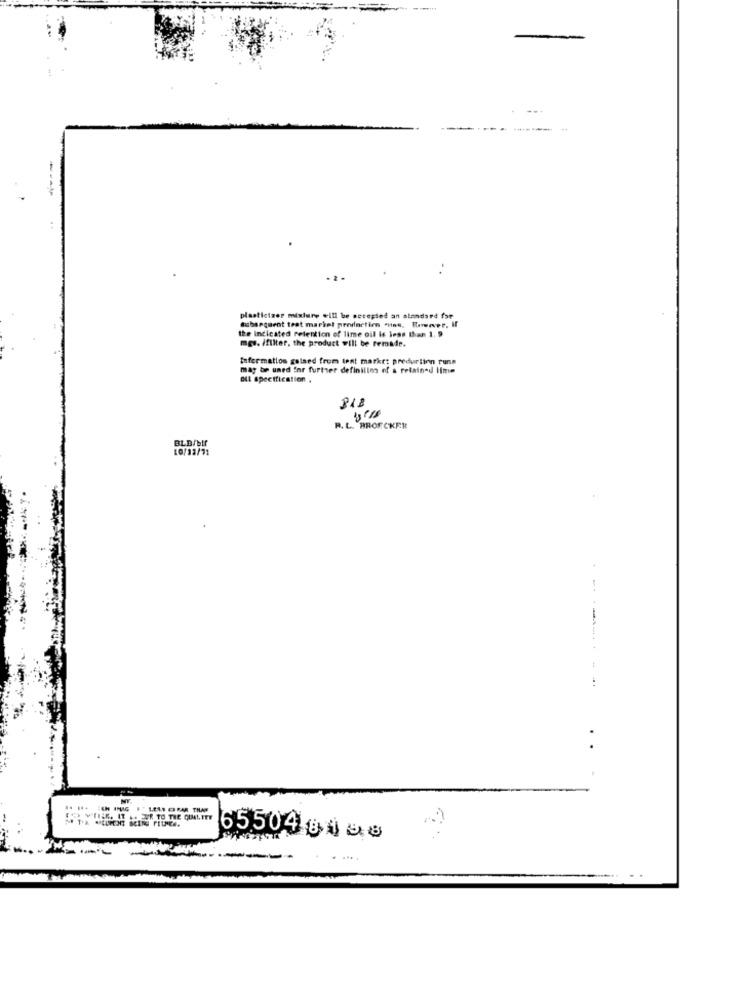
plastictzer mixture will be accepted an standard for
subsequent trat market production "iins, Forwever, If
the indicated reletion of lime oil is less than 1. 9
mg .. ifilter, the product will be remade.
Information galaed from tent market preduriinn runs
may be uned for further definilin of a retained lime
OLL Specification .
PIE
R. L. BROECKER
BLB/bIf
10/12/11
--
--
EL VILER. IT .. LEUR TO THE QUALITY
65504 8458